Ajakirja_Uliopilasleht_toimetus, lk 30
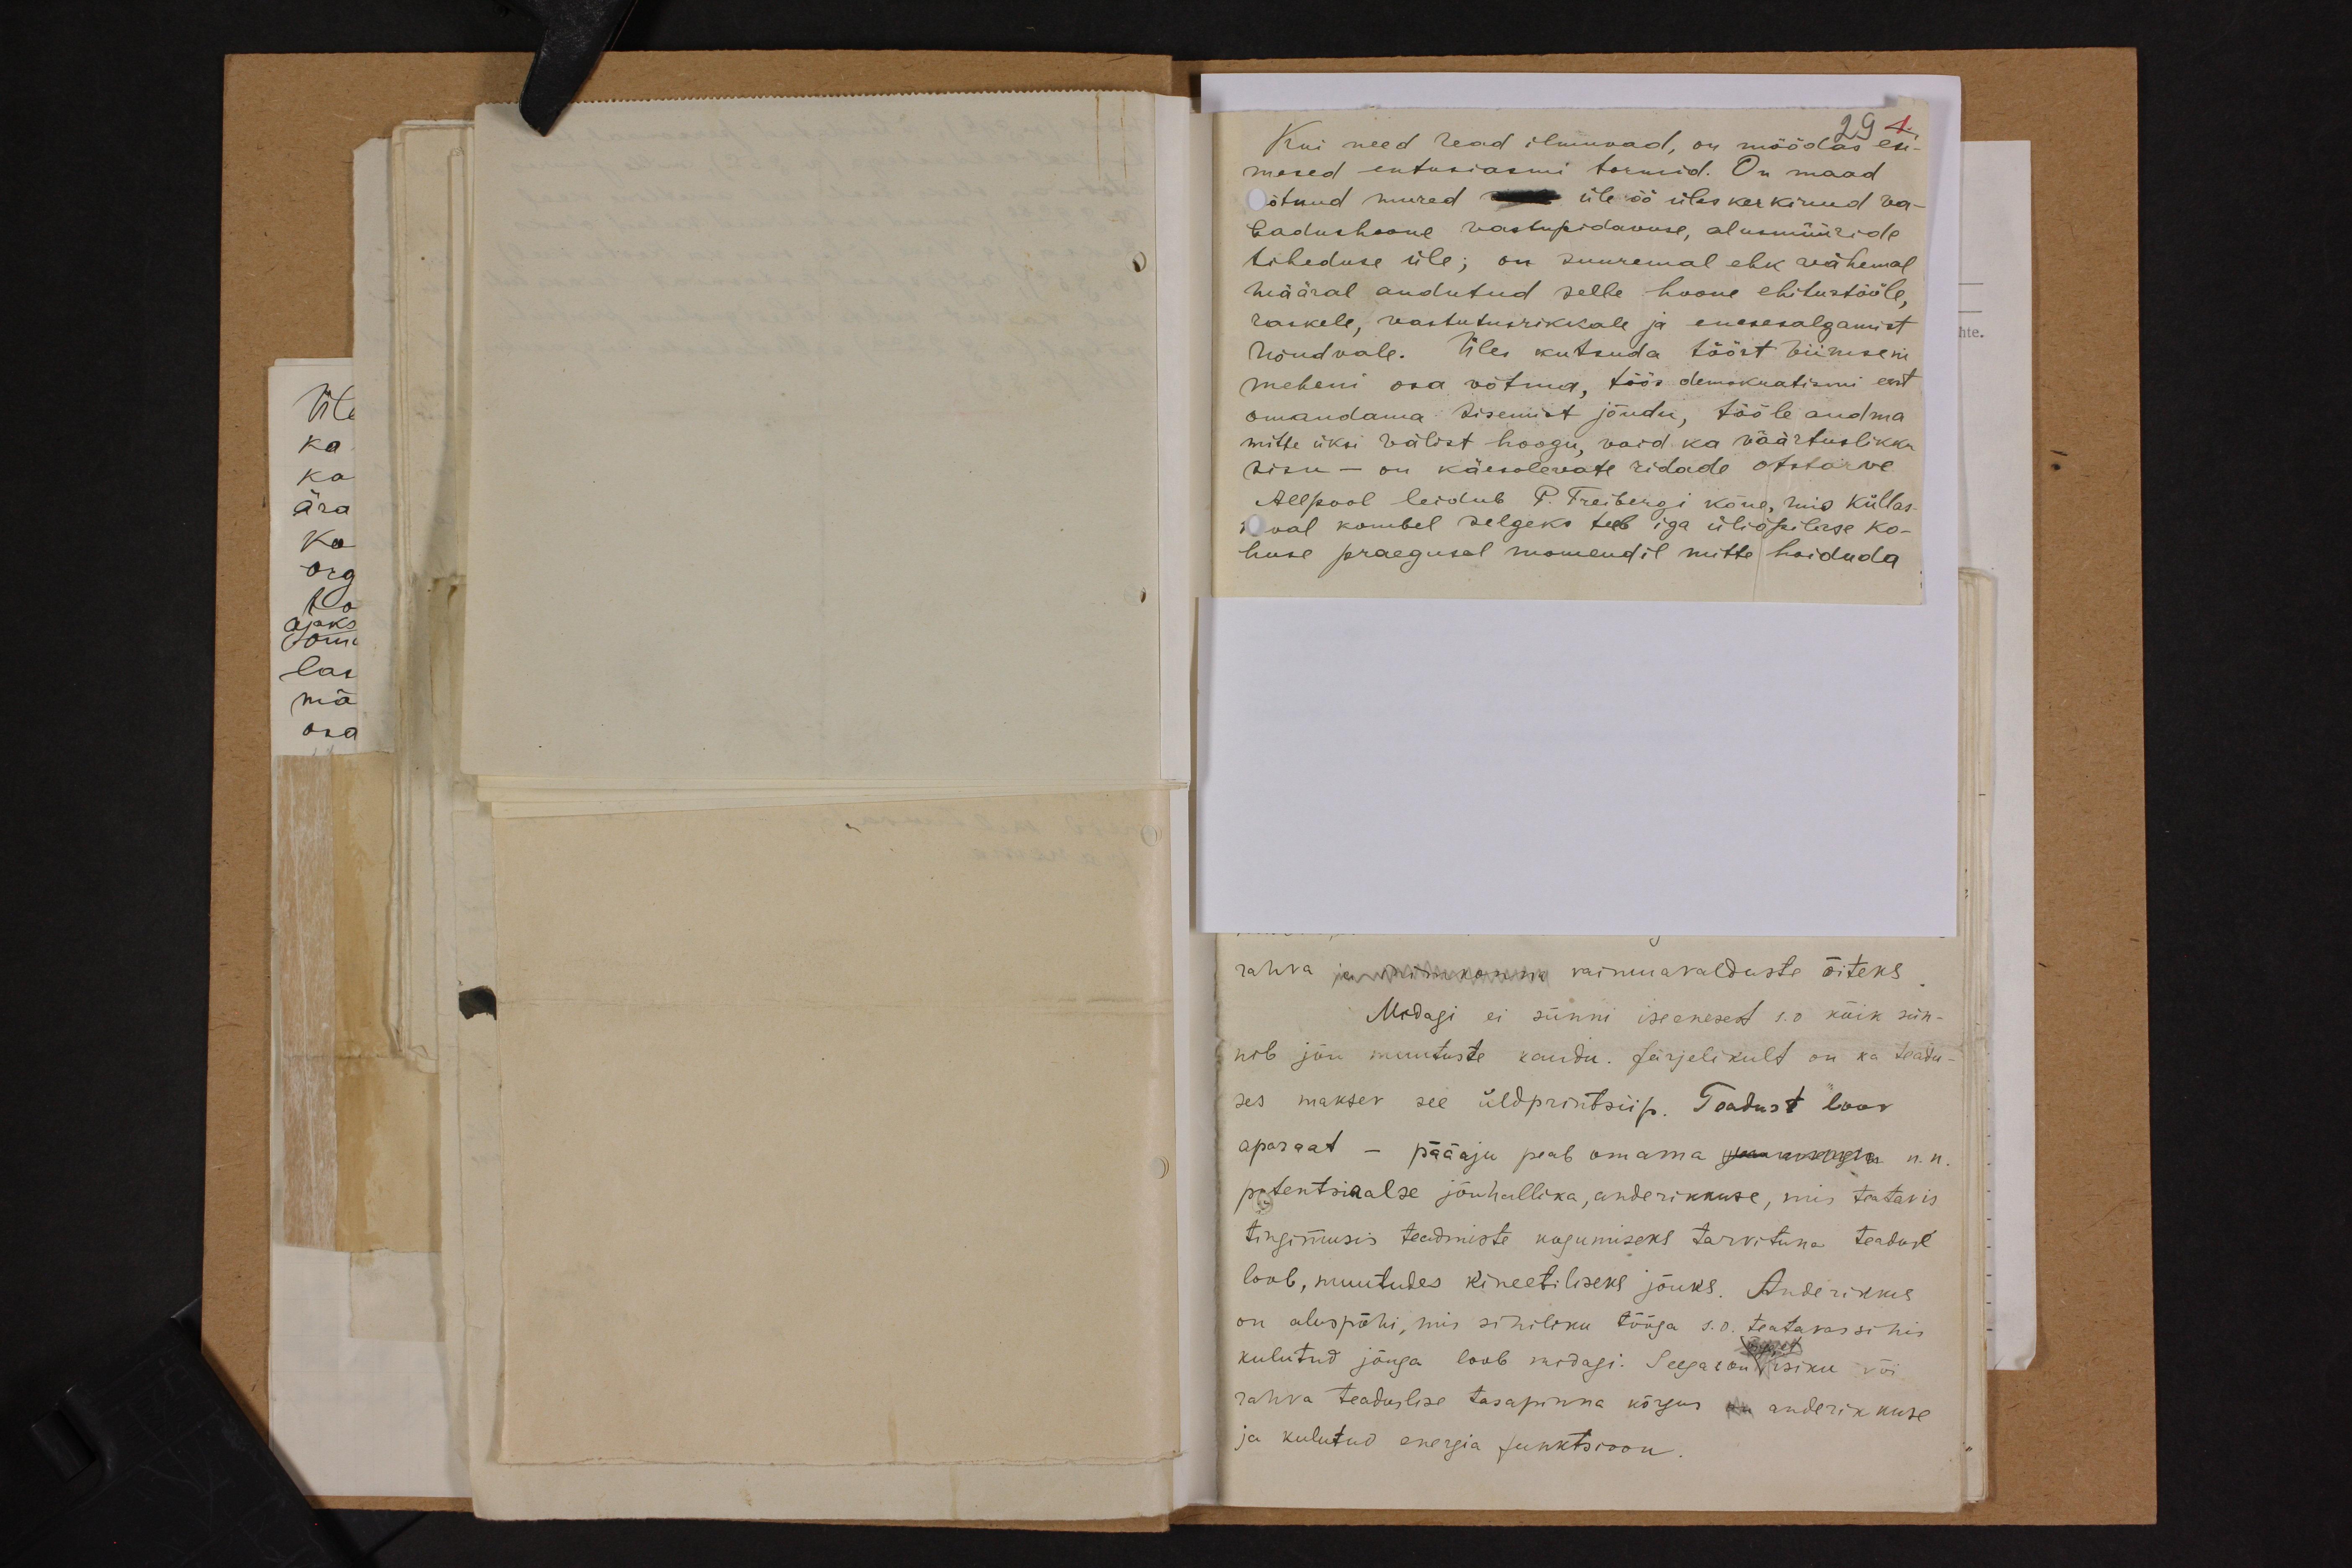
29 1
Kui need read ilmuvad, on möödas esi-
mesed entusiasmi tormid. On maad
võtnud mured üle öö üleskerkinud va-
badushoone vastupidavuse, alusmüüride
tiheduse üle; on suuremal ehk vähemal
määral andutud selle hoone ehitustööle,
raskele, vastutusrikkale ja enesesalgamist
nõudvale. Üles kutsuda tööst viimiseni
meheni osa võtma, töös demokratismi eest
omandama sisemist jõudu, tööle andma-
mitte üksi välist hoogu, vaid ka väärtuslikku
sisu - on käesolevate ridade otstarve
Allpool leidub P. Freibergi kõne, mis küllas-
xxval kombel selgeks teeb iga üliõpilase ko-
huse praegusal momendil mitte hoiduda.